Indian journal of veterinary science and animal husbandry - Volume 13,
Year: 1943
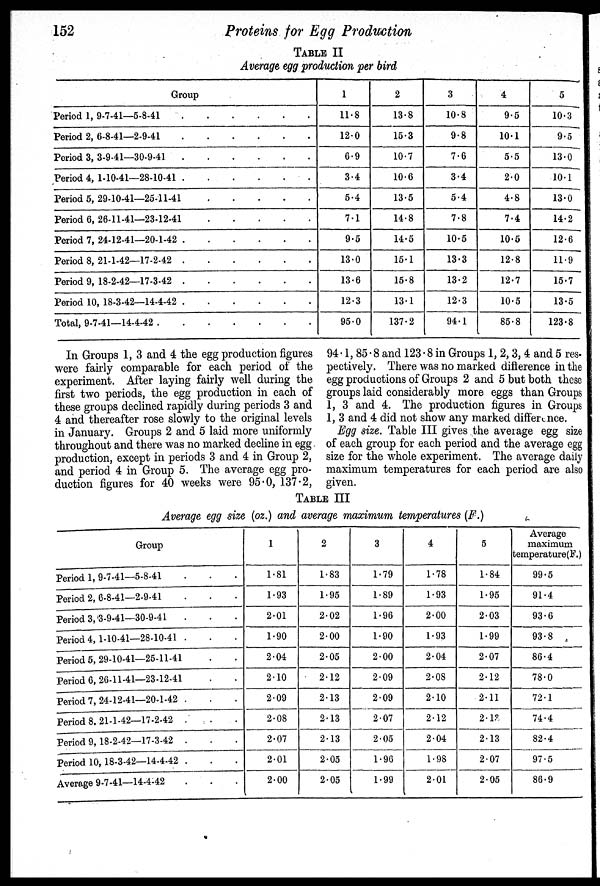
152
Proteins for Egg Production
TABLE II
Average egg production per bird
Group
Period 1, 9-7-41—5-8-41 . . . . . .
Period 2, 6-8-41—2-9-41 . . . . . .
Period 3, 3-9-41—30-9-41 . . . . . .
Period 4, 1-10-41—28-10-41 . . . . . .
Period 5, 29-10-41—25-11-41 . . . . .
Period 6, 26-11-41—23-12-41 . . . . . .
Period 7, 24-12-41—20-1-42 . . . . . .
Period 8, 21-1-42—17-2-42 . . . . . .
Period 9, 18-2-42—17-3-42 . . . . . .
Period 10, 18-3-42—14-4-42 . . . . . .
Total, 9-7-41—14-4-42 . . . . . . .
1
11.8
12.0
6.9
3.4
5.4
7.1
9.5
13.0
13.6
12.3
95.0
2
13.8
15.3
10.7
10.6
13.5
14.8
14.5
15.1
15.8
13.1
137.2
3
10.8
9.8
7.6
3.4
5.4
7.8
10.5
13.3
13.2
12.3
94.1
4
9.5
10.1
5.5
2.0
4.8
7.4
10.5
12.8
12.7
10.5
85.8
5
10.3
9.5
13.0
10.1
13.0
14.2
12.6
11.9
15.7
13.5
123.8
In Groups 1, 3 and 4 the egg production figures
were fairly comparable for each period of the
experiment. After laying fairly well during the
first two periods, the egg production in each of
these groups declined rapidly during periods 3 and
4 and thereafter rose slowly to the original levels
in January. Groups 2 and 5 laid more uniformly
throughout and there was no marked decline in egg
production, except in periods 3 and 4 in Group 2,
and period 4 in Group 5. The average egg pro-
duction figures for 40 weeks were 95.0, 137.2,
94.1, 85.8 and 123.8 in Groups 1, 2, 3, 4 and 5 res-
pectively. There was no marked difference in the
egg productions of Groups 2 and 5 but both these
groups laid considerably more eggs than Groups
1, 3 and 4. The production figures in Groups
1, 3 and 4 did not show any marked difference.
Egg size. Table III gives the average egg size
of each group for each period and the average egg
size for the whole experiment. The average daily
maximum temperatures for each period are also
given.
TABLE III
Average egg size (oz.) and average maximum temperatures (F.)
Group
Period 1, 9-7-41—5-8-41 . . .
Period 2, 6-8-41—2-9-41 . . .
Period 3, 3-9-41—30-9-41 . . .
Period 4, 1-10-41—28-10-41 . . .
Period 5, 29-10-41—25-11-41 . .
Period 6, 26-11-41—23-12-41 . .
Period 7, 24-12-41—20-1-42 . . .
Period 8, 21-1-42—17-2-42 . . .
Period 9, 18-2-42—17-3-42 . . .
Period 10, 18-3-42—14-4-42 . . .
Average 9-7-41—14-4-42 . . .
1
1.81
1.93
2.01
1.90
2.04
2.10
2.09
2.08
2.07
2.01
2.00
2
1.83
1.95
2.02
2.00
2.05
2.12
2.13
2.13
2.13
2.05
2.05
3
1.79
1.89
1.96
1.90
2.00
2.09
2.09
2.07
2.05
1.96
1.99
4
1.78
1.93
2.00
1.93
2.04
2.08
2.10
2.12
2.04
1.98
2.01
5
1.84
1.95
2.03
1.99
2.07
2.12
2.11
2.12
2.13
2.07
2.05
Average
maximum
temperature(F.)
99.5
91.4
93.6
93.8
86.4
78.0
72.1
74.4
82.4
97.5
86.9